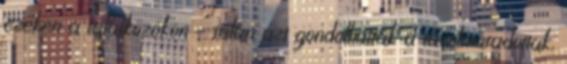
ezeken a találkozókon – talán azt gondolhatták a távolmaradottak,